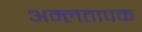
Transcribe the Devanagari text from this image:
अम्लतापक